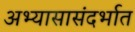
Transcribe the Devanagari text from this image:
अभ्यासासंदर्भात